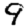
Digit: 9